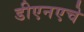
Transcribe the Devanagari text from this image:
डीएनएचे